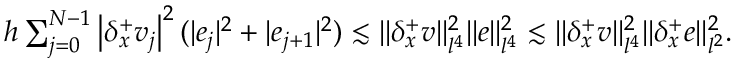
\begin{array} { r } { h \sum _ { j = 0 } ^ { N - 1 } \left| { \delta _ { x } ^ { + } } v _ { j } \right| ^ { 2 } ( | e _ { j } | ^ { 2 } + | e _ { j + 1 } | ^ { 2 } ) \lesssim \| { \delta _ { x } ^ { + } } v \| _ { l ^ { 4 } } ^ { 2 } \| e \| _ { l ^ { 4 } } ^ { 2 } \lesssim \| { \delta _ { x } ^ { + } } v \| _ { l ^ { 4 } } ^ { 2 } \| { \delta _ { x } ^ { + } } e \| _ { l ^ { 2 } } ^ { 2 } . } \end{array}